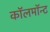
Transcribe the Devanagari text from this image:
कॉलमॉन्ट